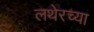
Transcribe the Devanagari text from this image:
लथेरच्या